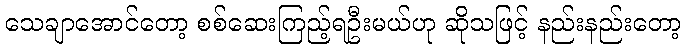
သေချာအောင်တော့ စစ်ဆေးကြည့်ရဦးမယ်ဟု ဆိုသဖြင့် နည်းနည်းတော့